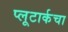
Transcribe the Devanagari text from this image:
प्लूटार्कचा